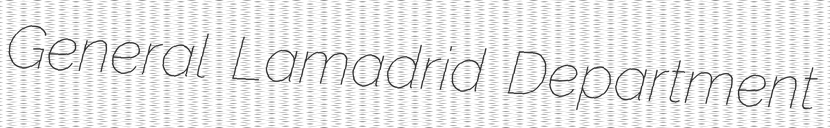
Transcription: General Lamadrid Department